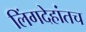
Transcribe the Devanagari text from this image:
लिंगदेहांतच